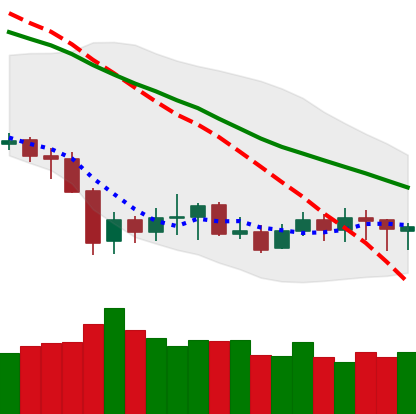
Ticker: XLM-USD
Chart end date: 2020-01-01
Forward return: 8.081%
Label: up_7plus